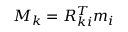
M _ { k } = R _ { k i } ^ { T } m _ { i }